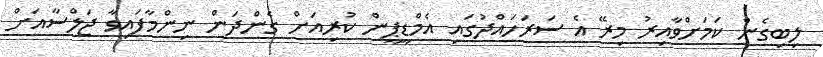
ލިބިގެން ކަމަށްވާއިރު މިރޭ އެ ސަރަހައްދުގައި އެމްޑީޕީން ކުރިއަށް ގެންދަން ނިންމާފައިވާ ޖަލްސާއަށް